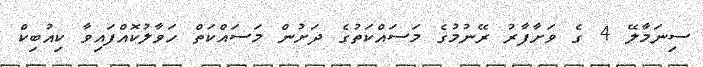
ސިނަމާލޭ 4 ގެ ވަށާފާރު ރޭނުމުގެ މަސައްކަތުގެ ދަށުން މަސައްކަތް ހަވާލުކޮއްފައިވާ ކިއުބިކް